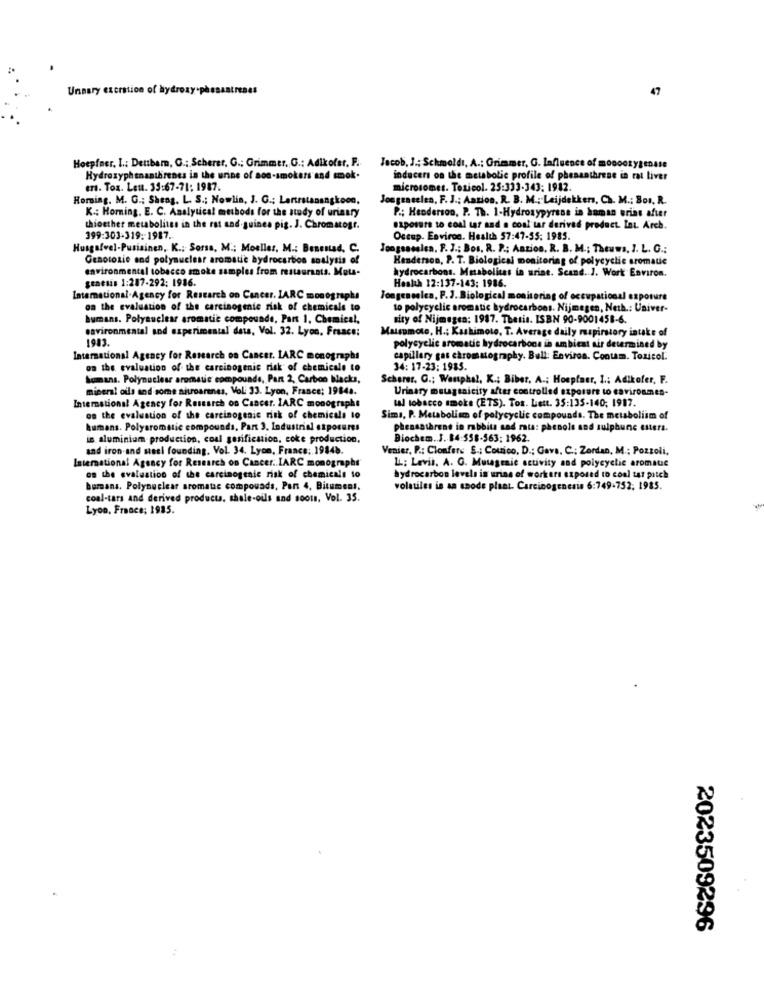
Unnary excretion of hydroxy-phesantrenes
47
Hoepfner, I .: Dettbarn, C .; Scherer, G .; Grimmer. G .: Adikofer, F ..
Jacob, J .; Schmoldi, A .; Grimmer, G. Influence of mooootystDAse
Hydroxyphenantbrenes in the urine of non-smokers and smok.
inducers on the metabolic profile of pheaanthrese in rat liver
mrs. Tox. Leu. 33:67-71; 1987.
microsomes. Toxicol. 25:333-343; 1982.
Horing. M. G .; Sheng. L. S .; Nowlin, J. G .: Lantrstanangkoon,
Jongeneelen, F. J .: Aazion. R. B. M .; Leijdekkers, Ch. M .: Bor. R.
K .: Horning. E. C. Analytical methods for the study of urinary
P .; Henderson, P. Th. 1-Hydroxypyrene in haman urins after
thioether metabolites in the rat and.guinea pig. J. Chromatogr.
exposure to coal tar and a coal tar derived product. Int. Arch.
399:303-319: 1987.
Occup. Environ. Health 57:47-55: 1985.
Husgalvel-Purisinen, K .: Sorsa, M .: Moeller, M .: Benestad, C.
Jongsassisa. F. J .; Bos. R. P .; Anzios. R. B. M .; Thewws, J. L. G .;
Genotosie and polynuclear aromatic hydrocarbon analysis of
Henderson, P. T. Biological monitoring of polycyclic aromaue
environmental tobacco smoke samples from restaurants. Mota-
hydrocarbons. Musbolitas in urine. Scand. J. Work Environ.
genesis 1:287-292: 1986.
Heakh 12:137-143: 1986.
International.Agency for Research on Cancer. IARC monographs
Jongeneelca, F. J. Biological monitoring of occupational exposure
on the evaluation of the carcinogenic risk of chemicals to
to polycyclic aromatic hydrocarbons. Nijmegen, Neth .: Univer-
humans. Polyauclear aromatic compounde, Part 1, Chemical,
ity of Nijmegen: 1987. Thesis. ISBN 90-9001458-6.
savironmental and experimental dets, Vol. 32. Lyon, France:
Matsumoto, H .; Kashimoto, T. Average daily ruspirstory intake of
1983
polycyclic aromatic hydrocarbone in ambient air determined by
International Agency for Research on Cancer. LARC monographs
capillary gas chromatography. Bull: Environ. Contam. Toxicol.
on the evaluation of the carcinogenic risk of chemicals to
34: 17-23: 1985.
Somans. Polynuclear aromatic compounds, Pan 2, Carbon Blacks,
Scherer. G .; Wenphal, K .; Biber, A .; Hoepfner, I .: Adikofer, F.
mineral oils and some nitroaranes, Vol: 33. Lyon, France; 19848.
Urinary mougtaicity after controlled exposure to caviroames-
tal tobacco smoke (ETS). Tos. Lett. 35:135-140; 1917.
International Agency for Research on Cancer. IARC monographt
on the evaluation of the carcinogenic risk of chemicals to
Sima, P. Metabolism of polycyclic compounds. The metabolism of
humans. Polyaromatic compounds, Part 3. Industrial exposures
phensathrene in rabbits sad mais: phenols and sulphune enters.
in aluminium production, coal gasification, coke production,
Biochem. . 3. 14:558-563; 1962.
and iron and steel founding. Vol. 34. Lyon, France: 19848.
Venier, P .: Clonfers .; Couico, D .; Gava. C .: Zordan, M .: Pozzoli,
International Agency for Research on Cancer .. IARC monographs
LL: Levis. A. G. Mutagenic activity and polycyclic aromatic
on the evaluation of the carcinogenic risk of chemicals to
hydrocarbon levels in urine of workers exposed to coal tar patch
bumans. Polynuclear aromatic compounds, Part 4, Bitumeni.
volatiles is an anode plaat. Carcinogenesis 6:749-752; 1985.
coal-tars and derived products, shale-oils and soous, Vol. 35.
Lyon, France; 1985.
2023509296